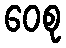
ဝေစု